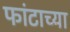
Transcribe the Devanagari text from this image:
फांटाच्या